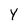
Character: Y